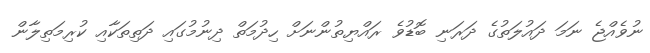
ނުވެއްޖެ ނަމަ ދައުލަތުގެ ދަރަނި ބޮޑުވެ ރައްޔިތުންނަށް ހިދުމަތް ދިނުމުގައި ދަތިތަކާއި ކުރިމަތިލާން